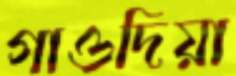
গাওদিয়া